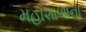
મહાશાળાના